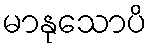
မာနုသောပိ